Problem: 9 × 4 = ?
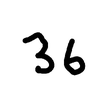
Handwritten answer: 36